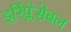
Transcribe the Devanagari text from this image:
इर्रिप्लेसेबल